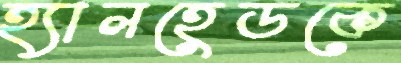
হ্যালহেডকে